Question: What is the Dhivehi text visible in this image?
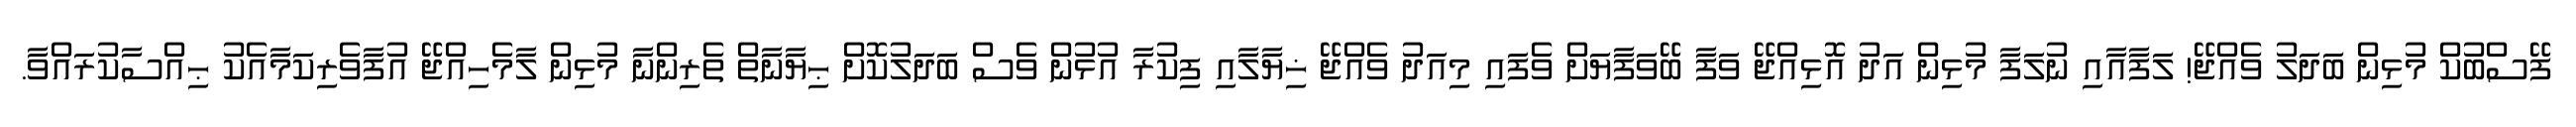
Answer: ފޭސްބުކް މުޅިން ބަދަލު ވެއްޖޭ! ލަފާއާއި ނުލަފާ މުޅިން އަދު އޮޅިއްޖޭ ވަފާ ބޭވަފާޔަށް ވެފައި މިއަދު ވެއްޖޭ ޚިޔާލާއި ފިކުރާ އުޅުން ވެސް ބަދަލުކޮށް ޙިޔާނާތް ތެރިންނާ މުޅިން ލާމެހިއްޖޭ އުފާވެރިކަމާއެކު ޙިއްސާކުރައްވާ.